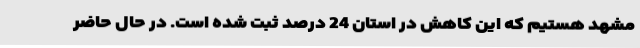
مشهد هستیم که این کاهش در استان 24 درصد ثبت شده ‌است‌. در حال حاضر